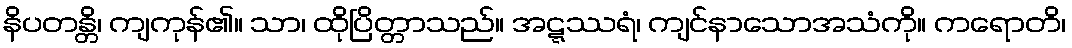
နိပတန္တိ၊ ကျကုန်၏။ သာ၊ ထိုပြိတ္တာသည်။ အဋ္ဋဿရံ၊ ကျင်နာသောအသံကို။ ကရောတိ၊